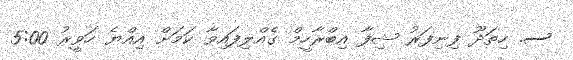
ސ. ހިތަދޫ ފިނިފަރު ޝިފާ އިބްރާހީމް ގެއްލިފައިވާ ކަމަށް އިއްޔެ ހަވީރު 5:00